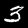
Digit: 3